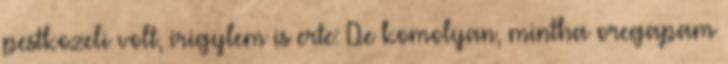
pestkozeli volt, irigylem is erte: De komolyan, mintha oregapam